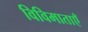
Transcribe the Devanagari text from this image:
विविमाताएँ